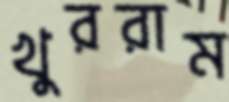
খুররাম